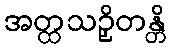
အတ္ထသဉှိတန္တိ